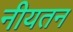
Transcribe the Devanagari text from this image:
नीयतन